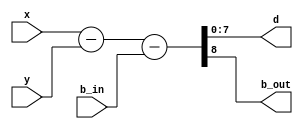
// Sottrattore per numeri naturali
module sottrattore(
    x, y, d, b_in, b_out
);
    parameter N = 8;

    input [N-1:0] x, y;
    input b_in;

    output [N-1:0] d;
    output b_out;

    assign #1 {b_out, d} = x - y - b_in;

endmodule